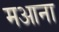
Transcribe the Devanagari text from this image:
मआना